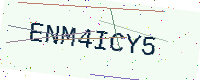
Text: ENM4ICY5